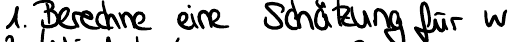
1. Berechne eine Schätzung für w